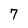
Character: 7